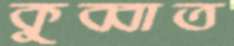
কুব্বাত